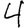
Digit: 4